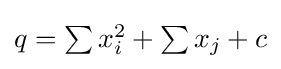
{\textstyle q=\sum x_{i}^{2}+\sum x_{j}+c}